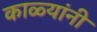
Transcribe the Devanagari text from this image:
काळ्यांनी